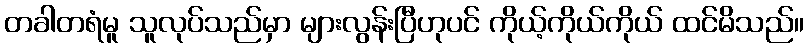
တခါတရံမူ သူလုပ်သည်မှာ များလွန်းပြီဟုပင် ကိုယ့်ကိုယ်ကိုယ် ထင်မိသည်။